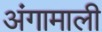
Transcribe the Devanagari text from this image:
अंगामाली